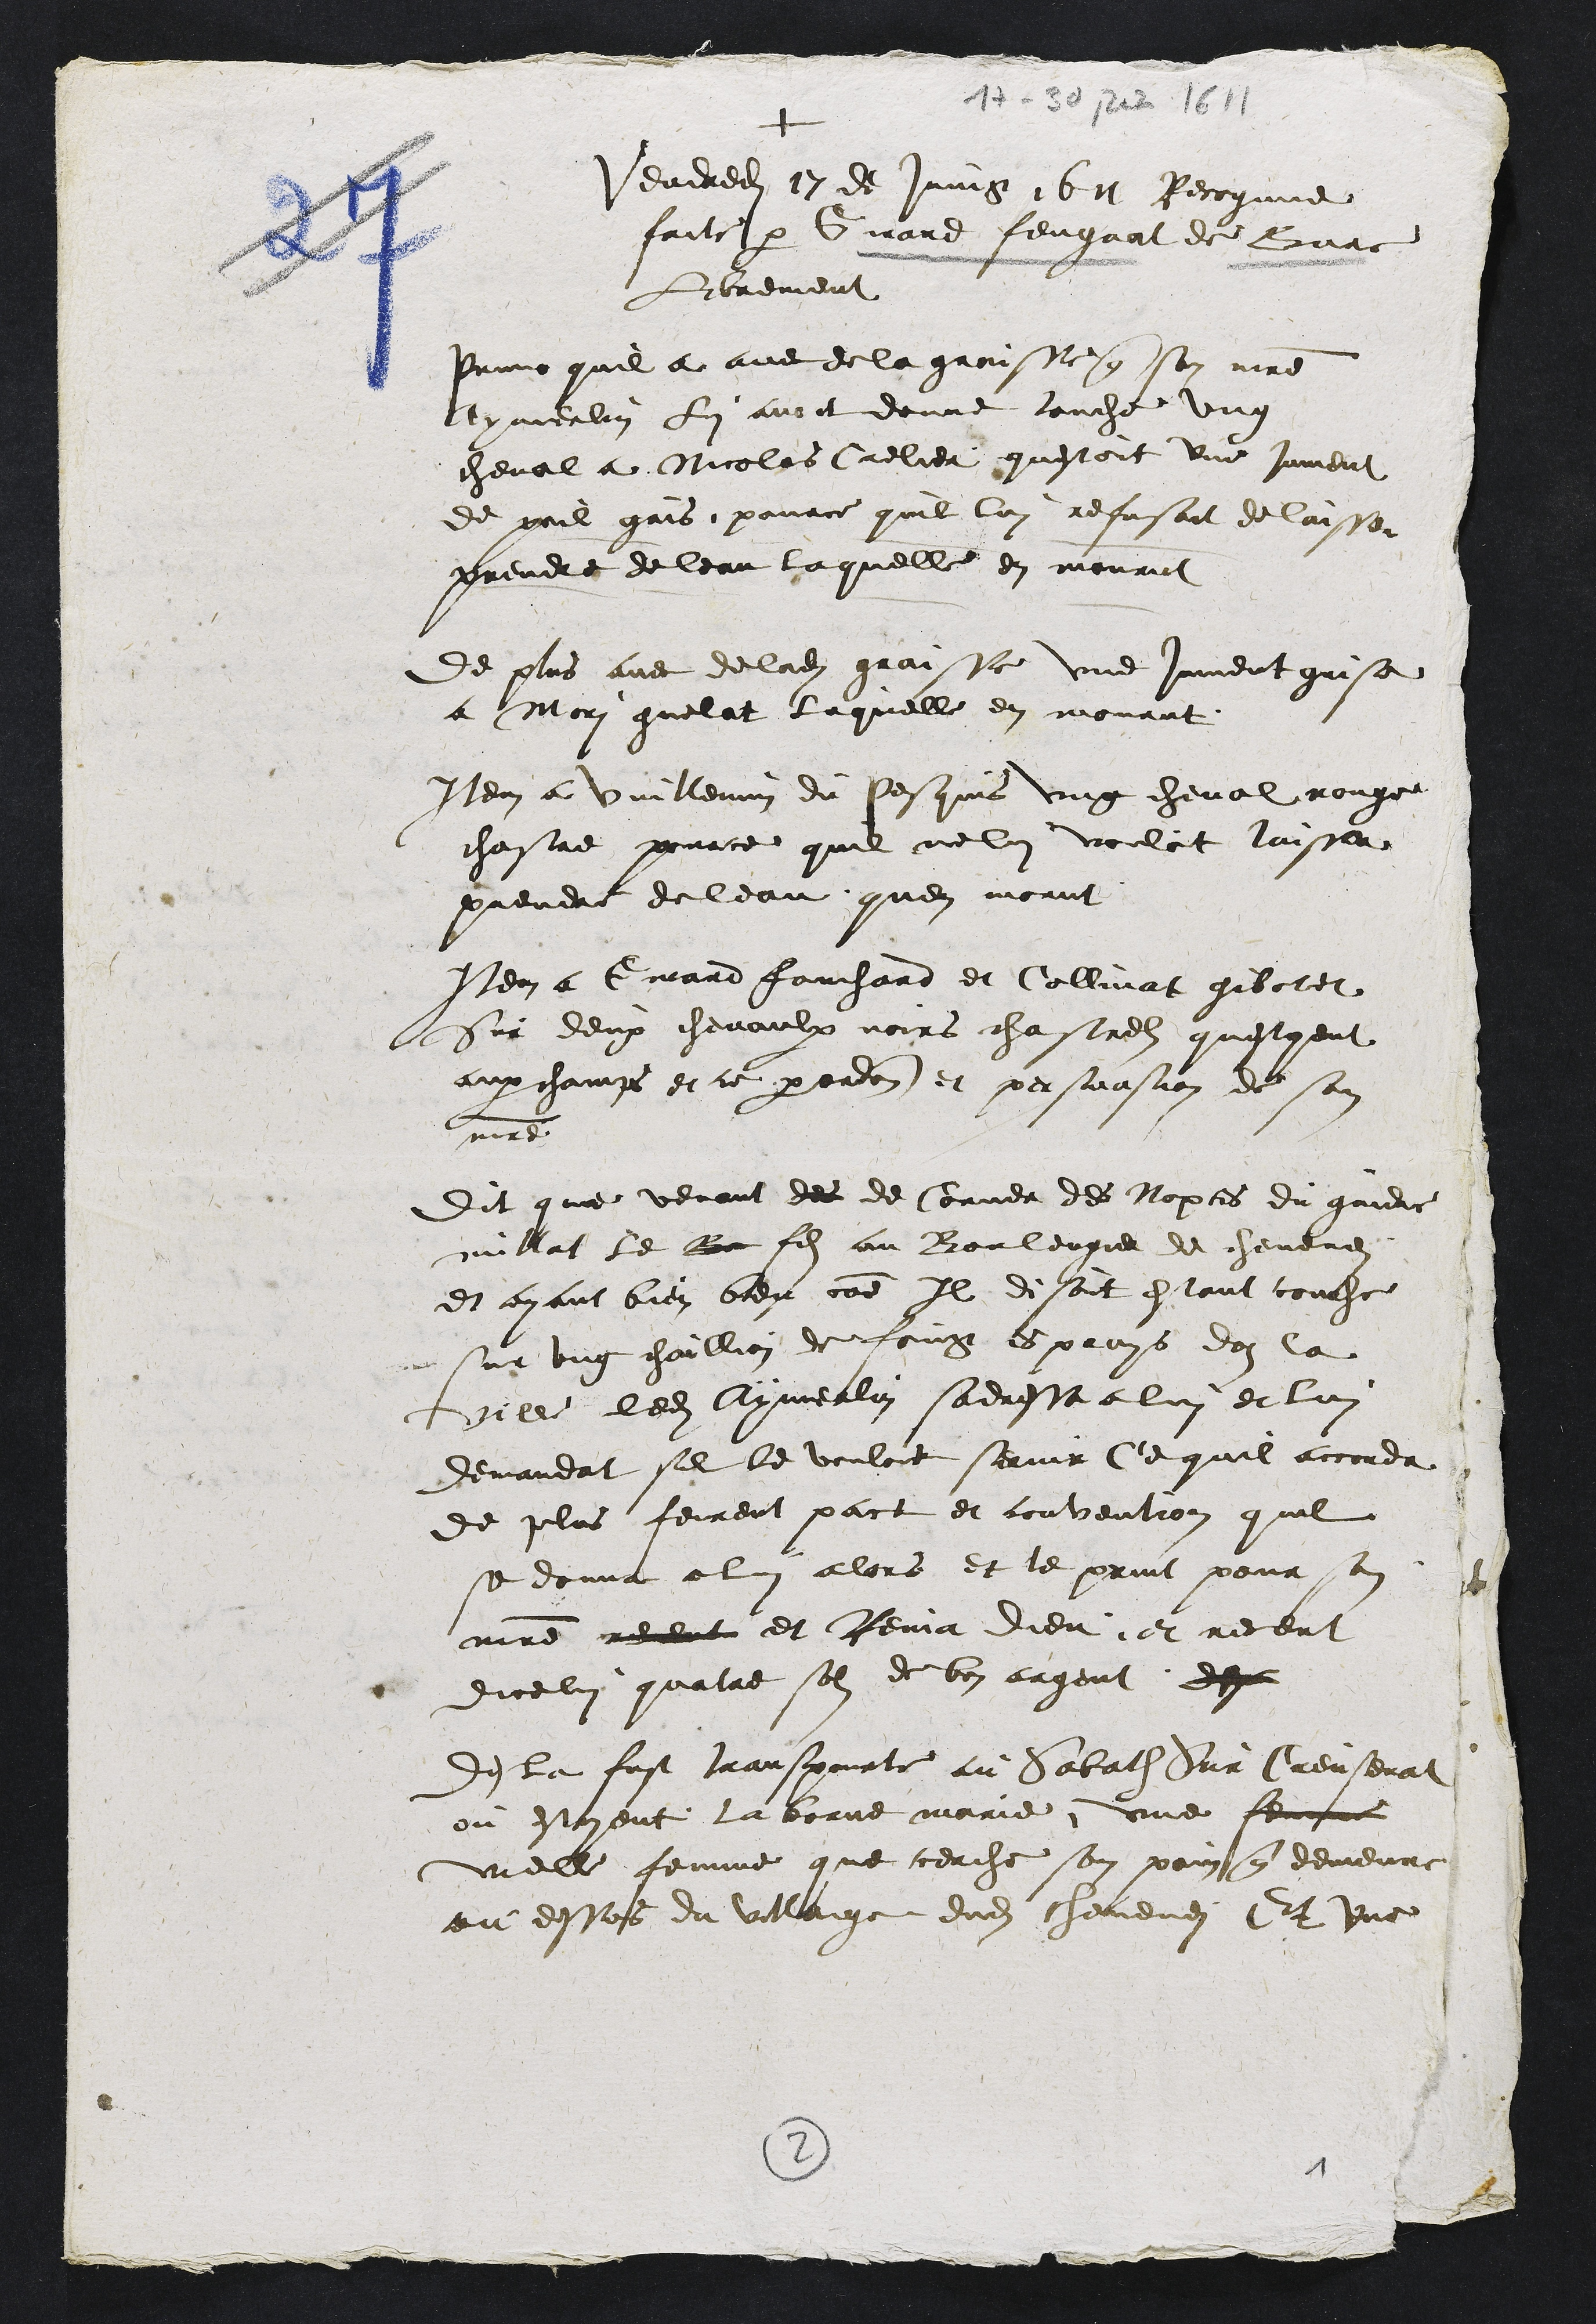
+
Vendredi 17 de Juing 1611 Recognue
faitte par Grand fengnat de Bure
librement
Prme quil a avec de la graisse que son maitre
merlin lui avoit donne touche ung
cheval a Nicolas Crelier questoit une jument
de poil gris, pource quil lui refusoit de laisse
prendre de leau laquelle en mourut
de plus avec de ladite graisse une jument grise
a Mori guelat laquelle en mourut
Item a vuillemin du pesquis ung cheval rouge
chastre pource quil ne lui vouloit laisser
prendre de leau quen morut
Nen a Girard Fouchard et Collivat gibott
Sur deux chevaulx noirs chastrels questoient
aux champs et ce par ordon et persuasion de son
maitre.
Dit que venant des de Corner des Nopces du gindre
millat le le fils au Bouleugier de chevene
et ayant bien bien come Il disoit estant couche
sur ung chaillion de fois es proys don la
il ledit Cymerlin sadressa a lui et lui
demandat si le vouloit servir Ce quil accondr
de plus feirent pact et convention quil
se donne a lui allors et le print pour sa
maitre ment et Rema dieu et receut
dicelui quatre son de bon argent de
de la fust transporte au Sabath Sur Creussenat
ou estoyent la boue marie, une sen
velle femme que cerche son painsy demeure
au dessus du villaige dudit cheveney Et une

2
1